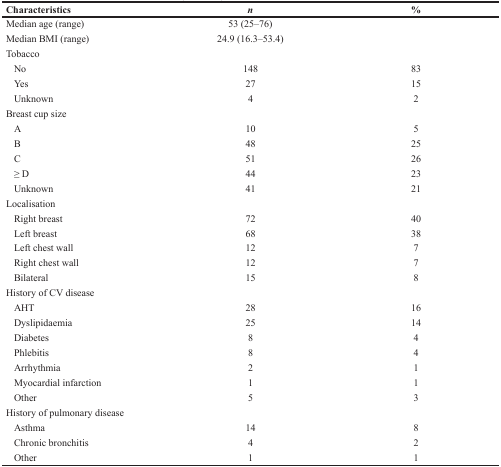
<table><thead><tr><td><b>Characteristics</b></td><td><b><i>n</i></b></td><td><b>%</b></td></tr></thead><tbody><tr><td>Median age (range)</td><td>53 (25–76)</td><td></td></tr><tr><td>Median BMI (range)</td><td>24.9 (16.3–53.4)</td><td></td></tr><tr><td>Tobacco</td><td></td><td></td></tr><tr><td> No</td><td>148</td><td>83</td></tr><tr><td> Yes</td><td>27</td><td>15</td></tr><tr><td> Unknown</td><td>4</td><td>2</td></tr><tr><td>Breast cup size</td><td></td><td></td></tr><tr><td> A</td><td>10</td><td>5</td></tr><tr><td> B</td><td>48</td><td>25</td></tr><tr><td> C</td><td>51</td><td>26</td></tr><tr><td> ≥ D</td><td>44</td><td>23</td></tr><tr><td> Unknown</td><td>41</td><td>21</td></tr><tr><td>Localisation</td><td></td><td></td></tr><tr><td> Right breast</td><td>72</td><td>40</td></tr><tr><td> Left breast</td><td>68</td><td>38</td></tr><tr><td> Left chest wall</td><td>12</td><td>7</td></tr><tr><td> Right chest wall</td><td>12</td><td>7</td></tr><tr><td> Bilateral</td><td>15</td><td>8</td></tr><tr><td>History of CV disease</td><td></td><td></td></tr><tr><td> AHT</td><td>28</td><td>16</td></tr><tr><td> Dyslipidaemia</td><td>25</td><td>14</td></tr><tr><td> Diabetes</td><td>8</td><td>4</td></tr><tr><td> Phlebitis</td><td>8</td><td>4</td></tr><tr><td> Arrhythmia</td><td>2</td><td>1</td></tr><tr><td> Myocardial infarction</td><td>1</td><td>1</td></tr><tr><td> Other</td><td>5</td><td>3</td></tr><tr><td>History of pulmonary disease</td><td></td><td></td></tr><tr><td> Asthma</td><td>14</td><td>8</td></tr><tr><td> Chronic bronchitis</td><td>4</td><td>2</td></tr><tr><td> Other</td><td>1</td><td>1</td></tr></tbody></table>